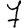
Digit: 7